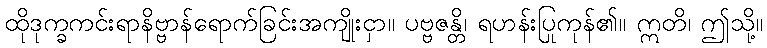
ထိုဒုက္ခကင်းရာနိဗ္ဗာန်ရောက်ခြင်းအကျိုးငှာ။ ပဗ္ဗဇန္တိ၊ ရဟန်းပြုကုန်၏။ ဣတိ၊ ဤသို့။